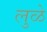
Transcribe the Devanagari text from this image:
लुळे